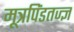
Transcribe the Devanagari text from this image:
मूत्रपिंडतज्‍ज्ञ